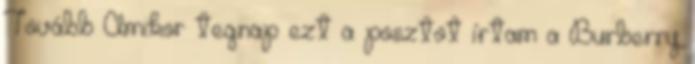
Tovább Amikor tegnap ezt a posztot írtam a Burberry